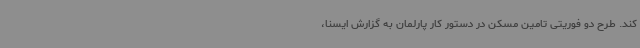
کند. طرح دو فوریتی تامین مسکن در دستور کار پارلمان به گزارش ایسنا،